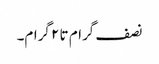
نصف گرام تا ۲ گرام۔